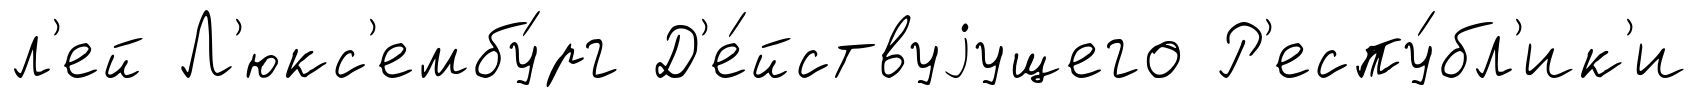
л'ей Л'юкс'ембу́рг Д'е́йствуjущего Р'еспу́бл'ик'и